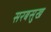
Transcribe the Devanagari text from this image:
सरबसुख